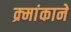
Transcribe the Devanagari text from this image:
क्र्मांकाने